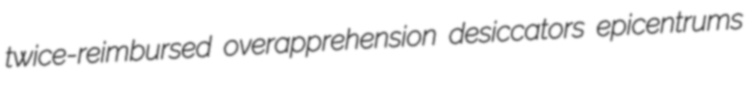
twice-reimbursed overapprehension desiccators epicentrums